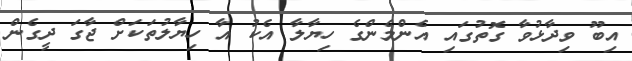
އިބޫ ވިދާޅުވާ ގޮތުގައި އެންމެންގެ ހިޔާލާ އެކު އާ ހިޔާލުތަކަށް ޖާގަ ދީގެން